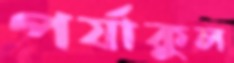
পর্যাকুল